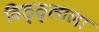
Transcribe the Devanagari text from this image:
विठ्ठ्लाला